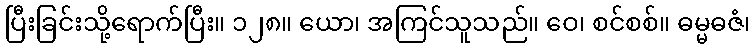
ပြီးခြင်းသို့ရောက်ပြီး။ ၁၂၈။ ယော၊ အကြင်သူသည်။ ဝေ၊ စင်စစ်။ ဓမ္မဓဇံ၊